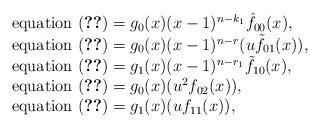
LaTeX: \begin{align*}\begin{array}{l}\mbox{equation~} \eqref{09_07_2020_eq_12}=g_0(x)(x-1)^{n-k_1}\hat f_{00}(x),\\\mbox{equation~}\eqref{09_07_2020_eq_13}=g_0(x)(x-1)^{n-r}(u\tilde f_{01}(x)),\\\mbox{equation~}\eqref{09_06_2020_eq_2}=g_1(x)(x-1)^{n-r_1}\tilde f_{10}(x),\\\mbox{equation~}\eqref{09_06_2020_eq_1}=g_0(x)(u^2f_{02}(x)),\\\mbox{equation~}\eqref{09_06_2020_eq_3}=g_1(x)(u f_{11}(x)),\end{array}\end{align*}